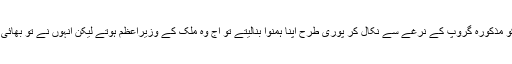
شہباز شریف اگر انتخابات سے قبل سختی کے ساتھ اپنے بھائی کو مذکورہ گروپ کے نرغے سے نکال کر پوری طرح اپنا ہمنوا بنالیتے تو آج وہ ملک کے وزیراعظم ہوتے لیکن انہوں نے تو بھائی کو سختی سےروکا اور نہ خود صدق دل سے ان کے ہمنوا بنے ۔